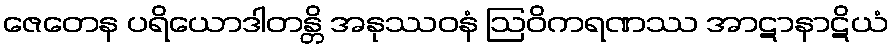
ဇေတေန ပရိယောဒါတန္တိ အနုဿဝနံ ဩဝိကရဏဿ အာဋာနာဋိယံ